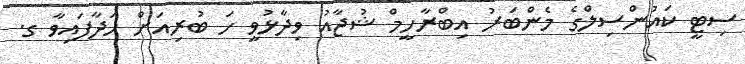
ސިޓީ ކައުންސިލްގެ މެންބަރު އިބްރާހީމް ޝުޖާއު ވިދާޅުވީ ހަ ބުރިއަށް ހަދާފައިވާ ގ.